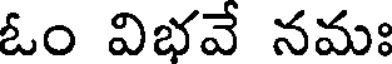
ఓం విభవే నమః